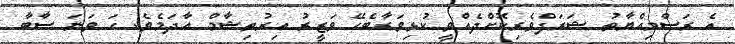
އެ ރަސްމިއްޔާތު ޝަރަފްވެރިކޮށްދެއްވީ ކުޅިވަރާބެހޭ ވަޒީރު އިރުތިޝާމް އާދަމެވެ. ހަ ވަނަ ސާބާ